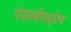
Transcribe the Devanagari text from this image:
पंजाबीमध्येच